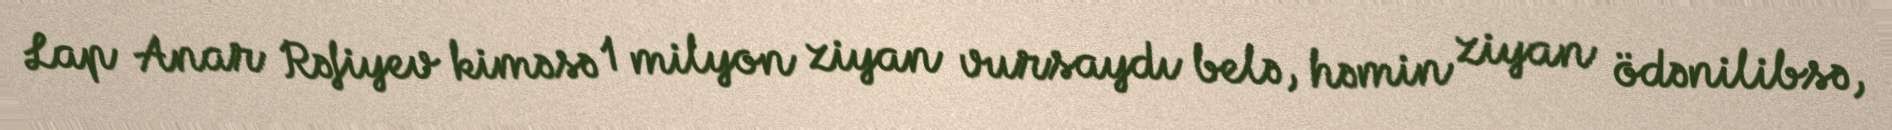
Lap Anar Rəfiyev kiməsə 1 milyon ziyan vursaydı belə, həmin ziyan ödənilibsə,